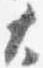
大